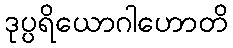
ဒုပ္ပရိယောဂါဟောတိ